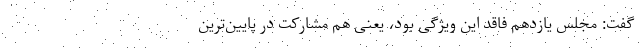
گفت: مجلس یازدهم فاقد این ویژگی بود، یعنی هم مشارکت در پایین‌ترین